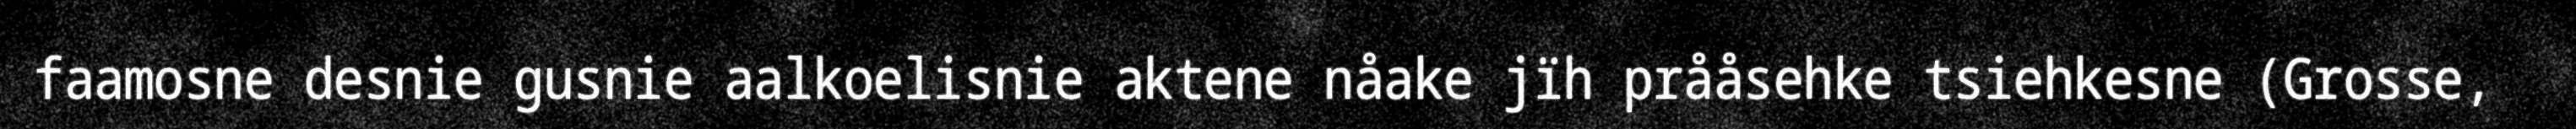
faamosne desnie gusnie aalkoelisnie aktene nåake jïh prååsehke tsiehkesne (Grosse,